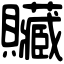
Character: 贜